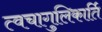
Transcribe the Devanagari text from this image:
त्वचागुलिकार्ति